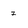
Character: 7